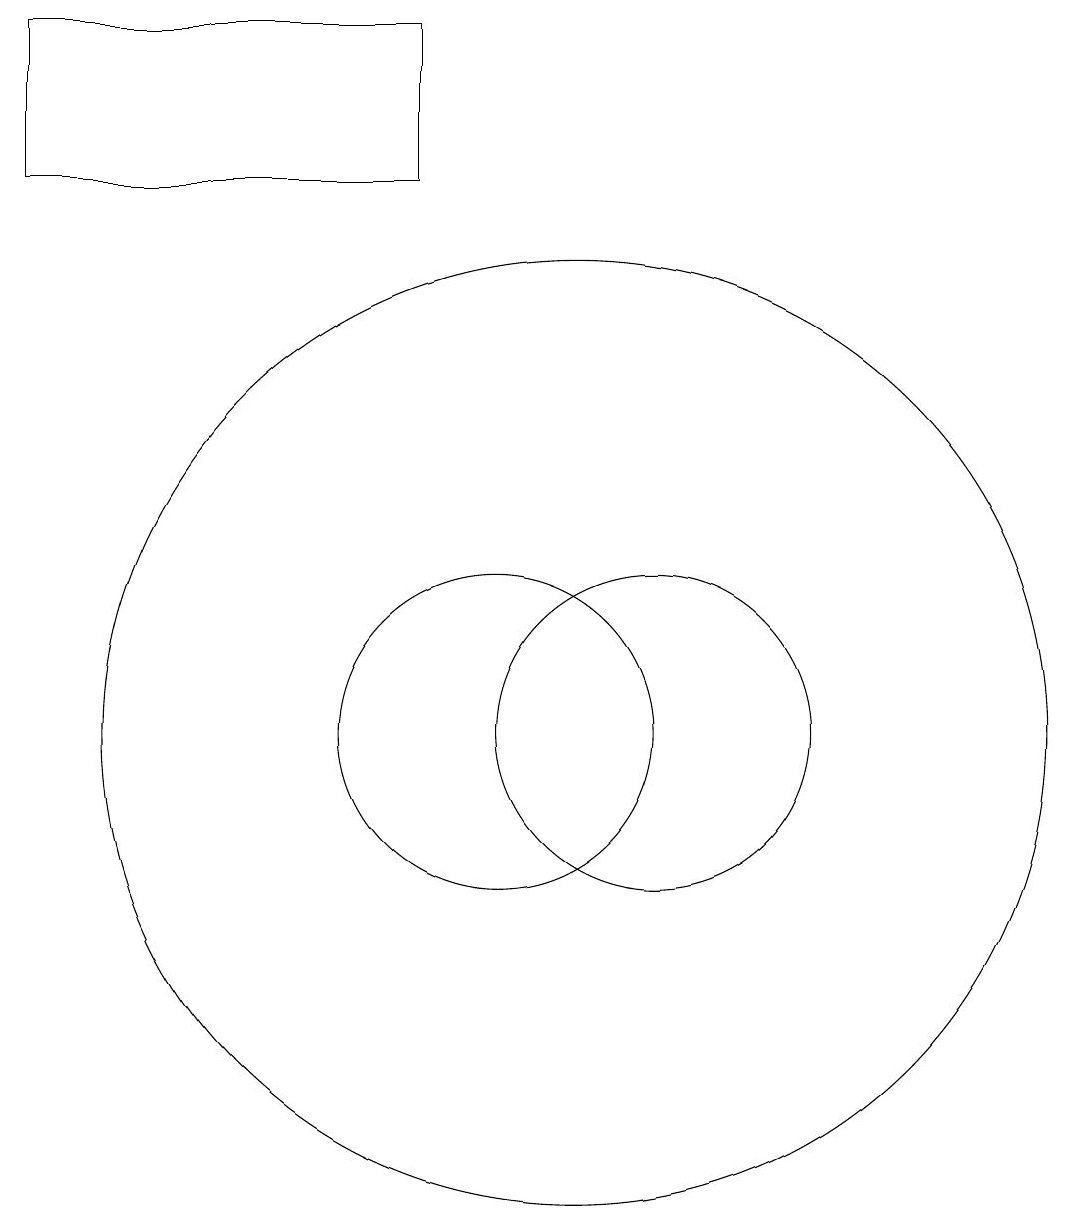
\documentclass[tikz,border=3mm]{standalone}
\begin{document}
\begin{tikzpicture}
\draw (9,19) rectangle (4,17);
\draw (11,10) circle (6);
\draw (12,10) circle (2);
\draw (10,10) circle (2);
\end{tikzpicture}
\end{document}